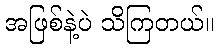
အဖြစ်နဲ့ပဲ သိကြတယ်။